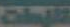
تلزمات